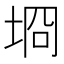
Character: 埛